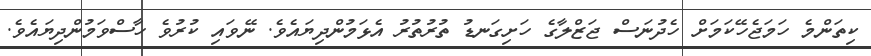
ކިތަންމެ ހަމަޖެހޭކަމަށް ހެދުނަސް ޖަޒްލާގެ ހަށިގަނޑު ތުރުތުރު އެޅަމުންދިޔައެވެ. ނޭވައި ކުރުވެ ހާސްވަމުންދިޔައެވެ.